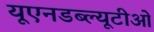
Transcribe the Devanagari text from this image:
यूएनडब्ल्यूटीओ